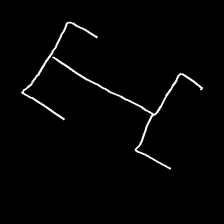
Glyph: entwine